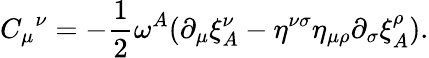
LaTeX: {C_{\mu}}^{\nu}=-\frac 12\omega^{A}(\partial_{\mu}\xi_{A}^{\nu}-\eta^{\nu\sigma}\eta_{\mu\rho}\partial_{\sigma}\xi_{A}^{\rho}).